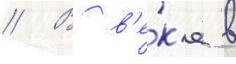
// В в'е́к'е в